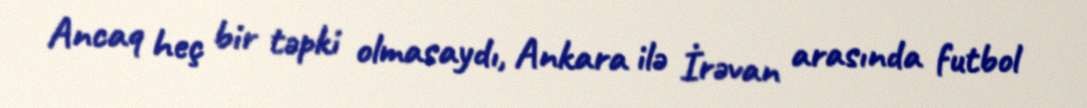
Ancaq heç bir təpki olmasaydı, Ankara ilə İrəvan arasında futbol